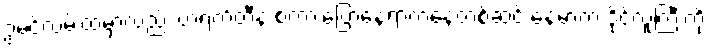
ဥမင်လမ်းထဲမှာလည်း ဗာရက်တီနဲ့ စကားပြောနေရာကနေတစ်ဆင့် နေမာက ဒိုင်လူကြီးကို